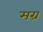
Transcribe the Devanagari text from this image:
मग्र